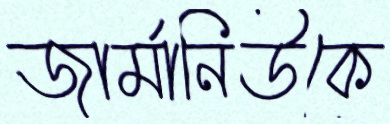
জার্মানিউকে